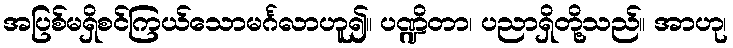
အပြစ်မရှိစင်ကြယ်သောမင်္ဂလာဟူ၍။ ပဏ္ဍိတာ၊ ပညာရှိတို့သည်။ အာဟု၊